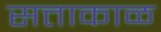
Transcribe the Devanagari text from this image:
सत्ताकाळ